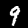
Digit: 9